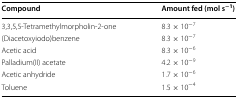
| Compound | Amount fed (mol s−1) |
 | --- | --- |
 | 3,3,5,5-Tetramethylmorpholin-2-one | 8.3 × 10−7 |
 | (Diacetoxyiodo)benzene | 8.3 × 10−7 |
 | Acetic acid | 8.3 × 10−6 |
 | Palladium(II) acetate | 4.2 × 10−9 |
 | Acetic anhydride | 1.7 × 10−6 |
 | Toluene | 1.5 × 10−4 |